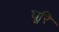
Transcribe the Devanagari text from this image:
घूरि